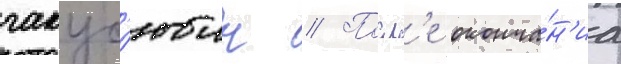
гакус'юин // Посл'е оконча́н'иа